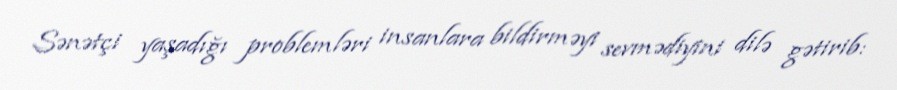
Sənətçi yaşadığı problemləri insanlara bildirməyi sevmədiyini dilə gətirib: